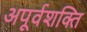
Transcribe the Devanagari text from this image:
अपूर्वशक्ति